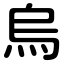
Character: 烏